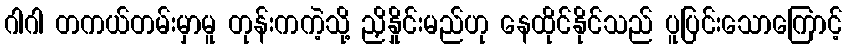
ဂါဂါ တကယ်တမ်းမှာမူ တုန်းကကဲ့သို့ ညှိနှိုင်းမည်ဟု နေထိုင်နိုင်သည် ပူပြင်းသောကြောင့်